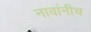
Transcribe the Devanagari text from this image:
नावांनीच